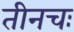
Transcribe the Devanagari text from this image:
तीनचः